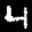
Label: 4